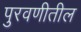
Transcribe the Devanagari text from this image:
पुरवणीतील